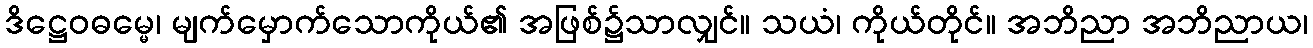
ဒိဋ္ဌေဝဓမ္မေ၊ မျက်မှောက်သောကိုယ်၏ အဖြစ်၌သာလျှင်။ သယံ၊ ကိုယ်တိုင်။ အဘိညာ အဘိညာယ၊